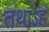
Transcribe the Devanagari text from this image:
तथाऽहं